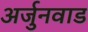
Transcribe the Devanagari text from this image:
अर्जुनवाड